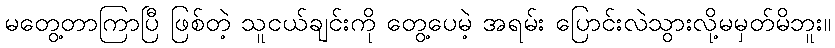
မတွေ့တာကြာပြီ ဖြစ်တဲ့ သူငယ်ချင်းကို တွေ့ပေမဲ့ အရမ်း ပြောင်းလဲသွားလို့မမှတ်မိဘူး။